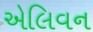
એલિવન